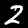
Digit: 2